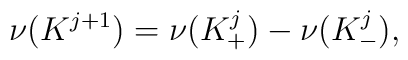
\nu({K^{j+1}}) =\nu({K^j_+}) - \nu({K^j_-}),